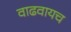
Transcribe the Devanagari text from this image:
वाढवायच